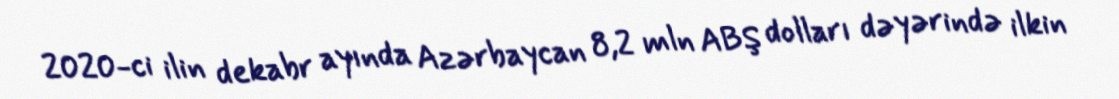
2020-ci ilin dekabr ayında Azərbaycan 8,2 mln ABŞ dolları dəyərində ilkin